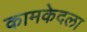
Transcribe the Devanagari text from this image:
कामकेदला